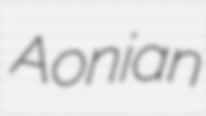
Aonian